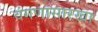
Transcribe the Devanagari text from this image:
वंगणासारखा